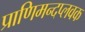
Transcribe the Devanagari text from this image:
प्राणिमन्दप्लवक